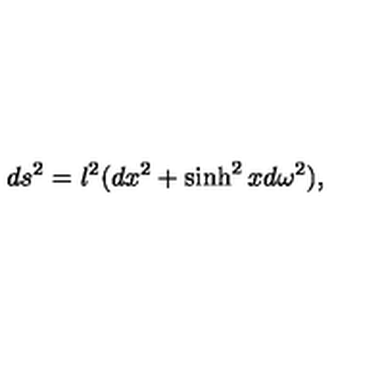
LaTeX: d s ^ { 2 } = l ^ { 2 } ( d x ^ { 2 } + \sinh ^ { 2 } x d \omega ^ { 2 } ) ,